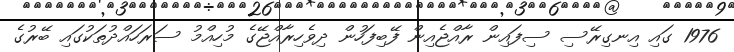
1976 ގައި އިނގިރޭސި ސިފައިން ރާއްޖެއިން ފޭބިފަހުން ދިވެހިރާއްޖޭގެ މުހިއްމު ސަރަހައްދުތަކުގައި ބޭރުގެ